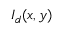
I _ { d } ( x , y )